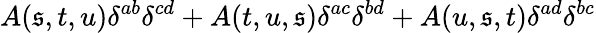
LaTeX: A(\mathfrak{s},t,u)\delta^{ab}\delta^{cd}+A(t,u,\mathfrak{s})\delta^{ac}\delta^{bd}+A(u,\mathfrak{s},t)\delta^{ad}\delta^{bc}